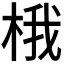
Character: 𪲘